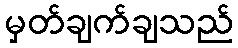
မှတ်ချက်ချသည်